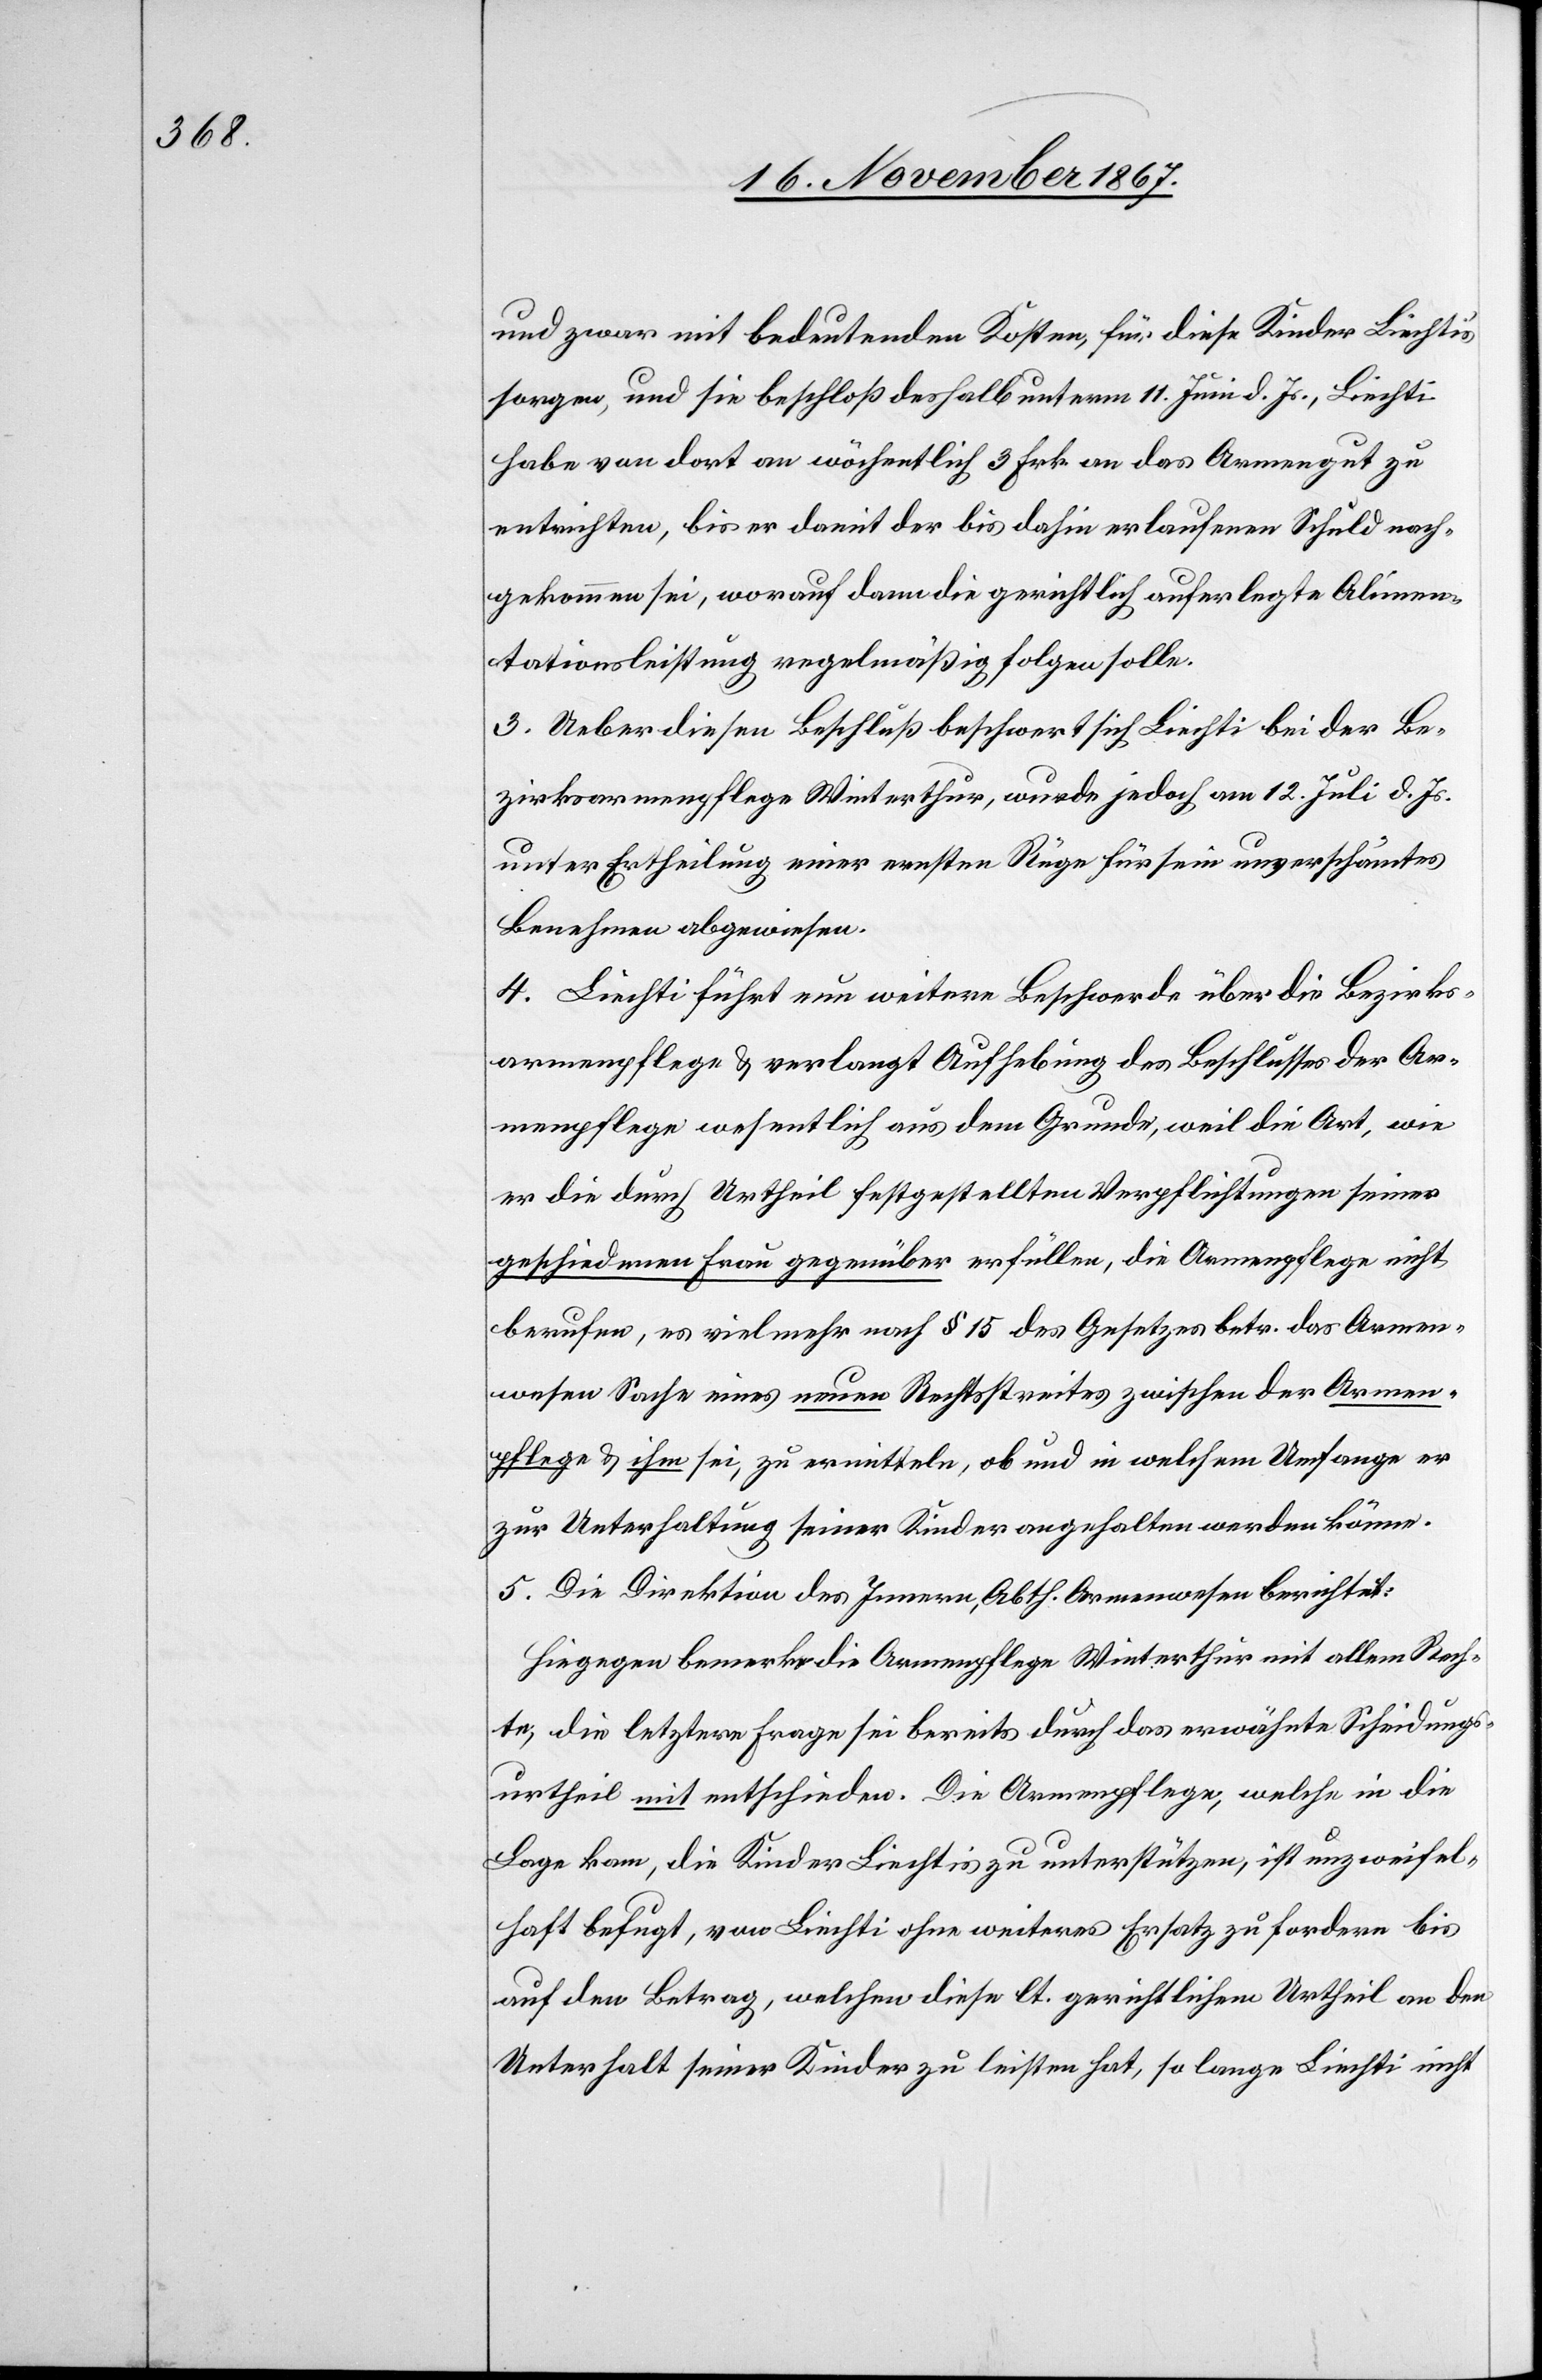
und zwar mit bedeutenden Kosten, für diese Kinder Liechtis
sorgen, und sie beschloß deshalb unterm 11. Juni d. Js., Liechti
habe von dort an wöchentlich 3 Frk. an das Armengut zu
entrichten, bis er damit der bis dahin erlaufenen Schuld nach¬
gekommen sei, worauf dann die gerichtlich auferlegte Alimen¬
tationsleistung regelmäßig folgen solle.
3. Ueber diesen Beschluß beschwert[e] sich Liechti bei der Be¬
zirksarmenpflege Winterthur, wurde jedoch am 12. Juli d. Js.
unter Ertheilung einer ernsten Rüge für sein unverschämtes
Benehmen abgewiesen.
4. Liechti führt nun weitere Beschwerde über die Bezirks¬
armenpflege u. verlangt Aufhebung des Beschlusses der Ar¬
menpflege wesentlich aus dem Grunde, weil die Art, wie
er die durch Urtheil festgestellten Verpflichtungen seiner
geschiedenen Frau gegenüber erfüllen, die Armenpflege nicht
berufen, es vielmehr nach § 15 des Gesetzes betr. das Armen¬
wesen Sache eines neuen Rechtsstreites zwischen der Armen¬
pflege u. ihm sei, zu ermitteln, ob und in welchem Umfange er
zur Unterhaltung seiner Kinder angehalten werden könne.
5. Die Direktion des Innern, Abth. Armenwesen berichtet:
Hiegegen bemerke die Armenpflege Winterthur mit allem Rech¬
te, die letztere Frage sei bereits durch das erwähnte Scheidungs¬
urtheil mit entschieden. Die Armenpflege, welche in die
Lage kam, die Kinder Liechtis zu unterstützen, ist unzweifel¬
haft befugt, von Liechti ohne weiteres Ersatz zu fordern bis
auf den Betrag, welchen diese[r] lt. gerichtlichem Urtheil an den
Unterhalt seiner Kinder zu leisten hat, so lange Liechti nicht